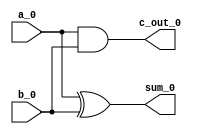
`timescale 1ns / 1ps

module HA_0 (   input a_0, b_0, 
                output reg sum_0, c_out_0);
always @ (*)
begin
    sum_0 = a_0 ^ b_0; 
    c_out_0 = a_0 & b_0;
end
endmodule